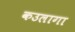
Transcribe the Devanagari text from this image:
कउलागा